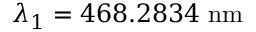
\lambda _ { 1 } = 4 6 8 . 2 8 3 4 \; \mathrm { n m }